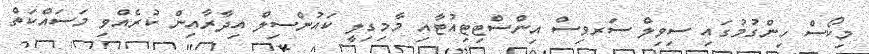
މިކޯސް ހިންގުމުގައި ސިވިލް ސަރވިސް އިންސްޓިޓިއުޓާއި މާމިގިލީ ކައުންސިލް އިދާރާއިން ކުރެއްވި މަސައްކަތް